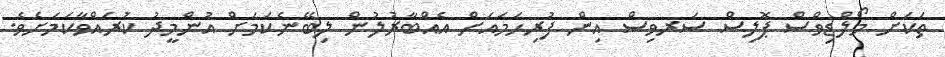
ތަކަށް މޯލްޑިވްސް ޕޮލިސް ސަރވިސް އިން ފުރިހަމައަށް އެއްބާރުލުން ލިބޭނެކަމަށް އުންމީދު ކުރައްވާކަމަށެވެ.